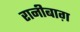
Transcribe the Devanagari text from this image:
रानीबाग़